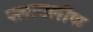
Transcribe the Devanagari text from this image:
फ्लायलीफ